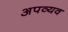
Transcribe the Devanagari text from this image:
अपव्यव